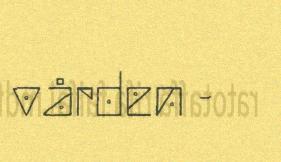
vården -